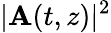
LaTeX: |\mathbf{A}(t,z)|^{2}